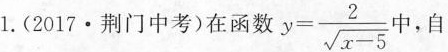
1.(2017·荆门中考)在函数 $$y= \frac { 2 } { \sqrt { x - 5 } }$$ 中，自